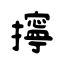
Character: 擰